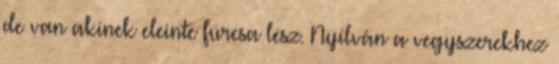
de van akinek eleinte furcsa lesz. Nyílván a vegyszerekhez